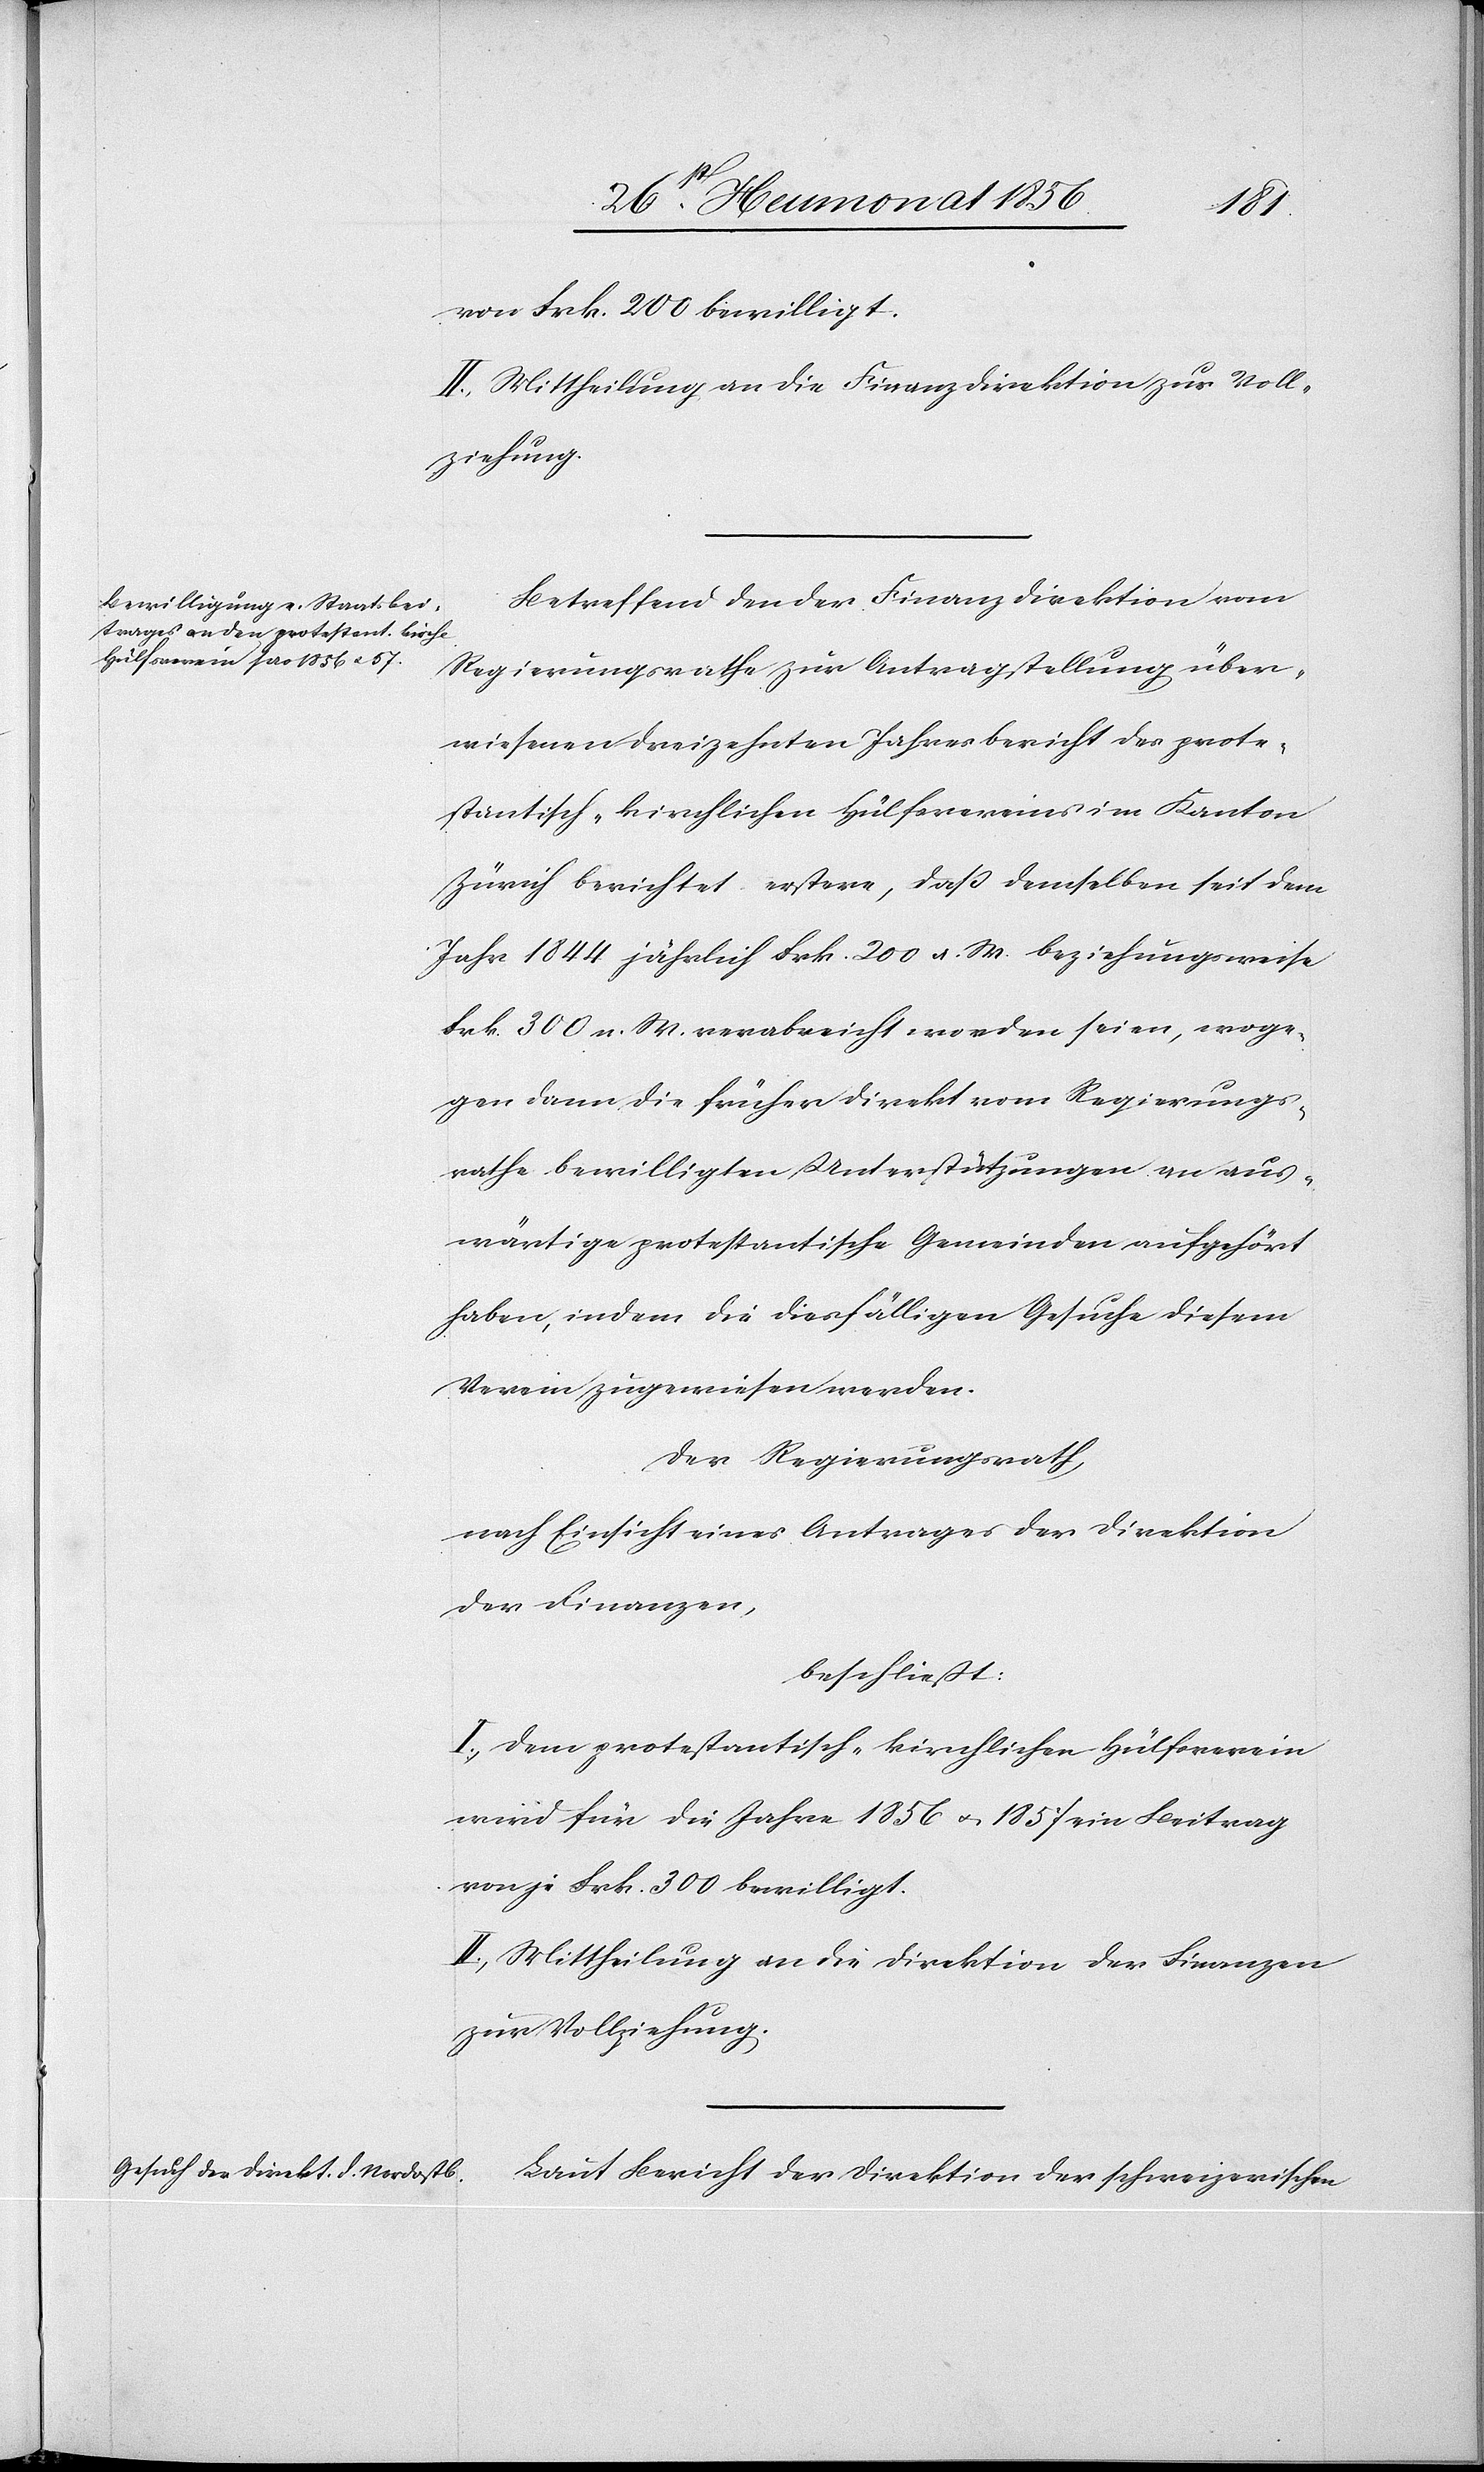
von Frk. 200 bewilligt.
II.) Mittheilung an die Finanzdirektion zur Voll¬
ziehung.
Betreffend den der Finanzdirektion vom
Regierungsrathe zur Antragstellung über¬
wiesenen dreizehnten Jahresbericht des prote¬
stantisch-kirchlichen Hülfsvereins im Kanton
Zürich berichtet erstere, dass demselben seit dem
Jahr 1844 jährlich Frk. 200 a. W. beziehungsweise
Frk. 300 n. W. verabreicht worden seien, woge¬
gen dann die früher direkt vom Regierungs¬
rathe bewilligten Unterstützungen an aus¬
wärtige protestantische Gemeinden aufgehört
haben, indem die diesfälligen Gesuche diesem
Verein zugewiesen werden.
Der Regierungsrath,
nach Einsicht eines Antrages der Direktion
der Finanzen,
beschließt:
I.) Dem protestantisch-kirchlichen Hülfsverein
wird für die Jahre 1856 u. 1857 ein Beitrag
von je Frk. 300 bewilligt.
II.) Mittheilung an die Direktion der Finanzen
zur Vollziehung.
Laut Bericht der Direktion der schweizerischen